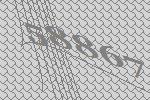
58867